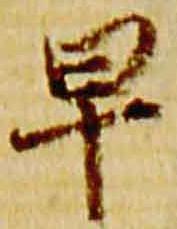
早